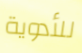
للأدوية